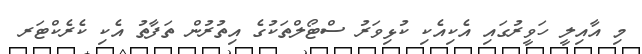
މި އާއިލީ ހަވީރުގައި އެކިއެކި ކުޅިވަރު ސްޓޯލްތަކުގެ އިތުރުން ތަފާތު އެކި ކެރެކްޓަރ